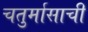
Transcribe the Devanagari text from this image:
चतुर्मासाची